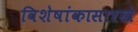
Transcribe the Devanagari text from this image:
विशेषांकासारखे